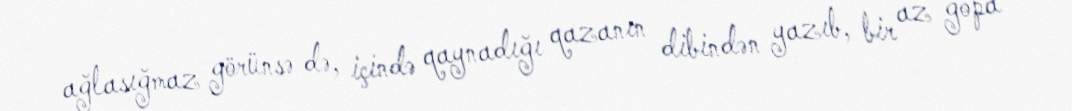
ağlasığmaz görünsə də, içində qaynadığı qazanın dibindən yazıb, bir az gopa